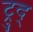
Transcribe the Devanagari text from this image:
ट्रुद्